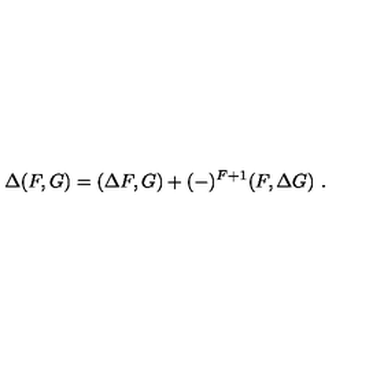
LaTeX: \Delta ( F , G ) = ( \Delta F , G ) + ( - ) ^ { F + 1 } ( F , \Delta G ) \ .